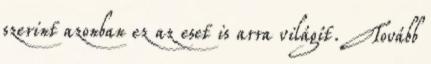
szerint azonban ez az eset is arra világít. Tovább